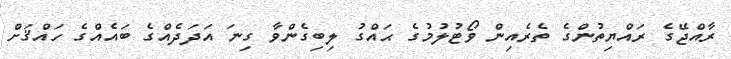
ރާއްޖޭގެ ރައްޔިތުންގެ ތެރެއިން ވޯޓުލުމުގެ ޙައްގު ލިބިގެންވާ ގިނަ އަދަދެއްގެ ބައެއްގެ ހައްޤަށް